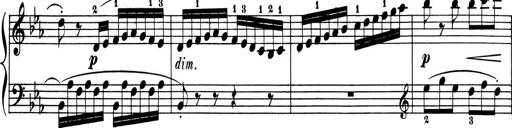
Title: 6 Piano Sonatinas
Composer: Cornelius Gurlitt